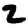
Digit: 2